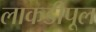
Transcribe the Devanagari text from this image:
लाकडीपूल